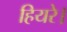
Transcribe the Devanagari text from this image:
हियरे।